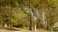
૧પ